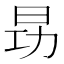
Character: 昮